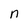
Character: n